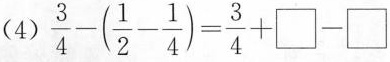
（4）$$\frac{3}{4} - ( \frac{1}{2} - \frac{1}{4} ) = \frac{3}{4} + {\Box } - {\Box } $$